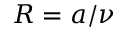
R = a / \nu